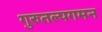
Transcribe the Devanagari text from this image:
गुरुतल्पगमन